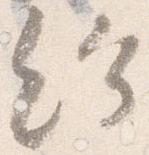
給